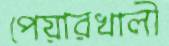
পেয়ারখালী